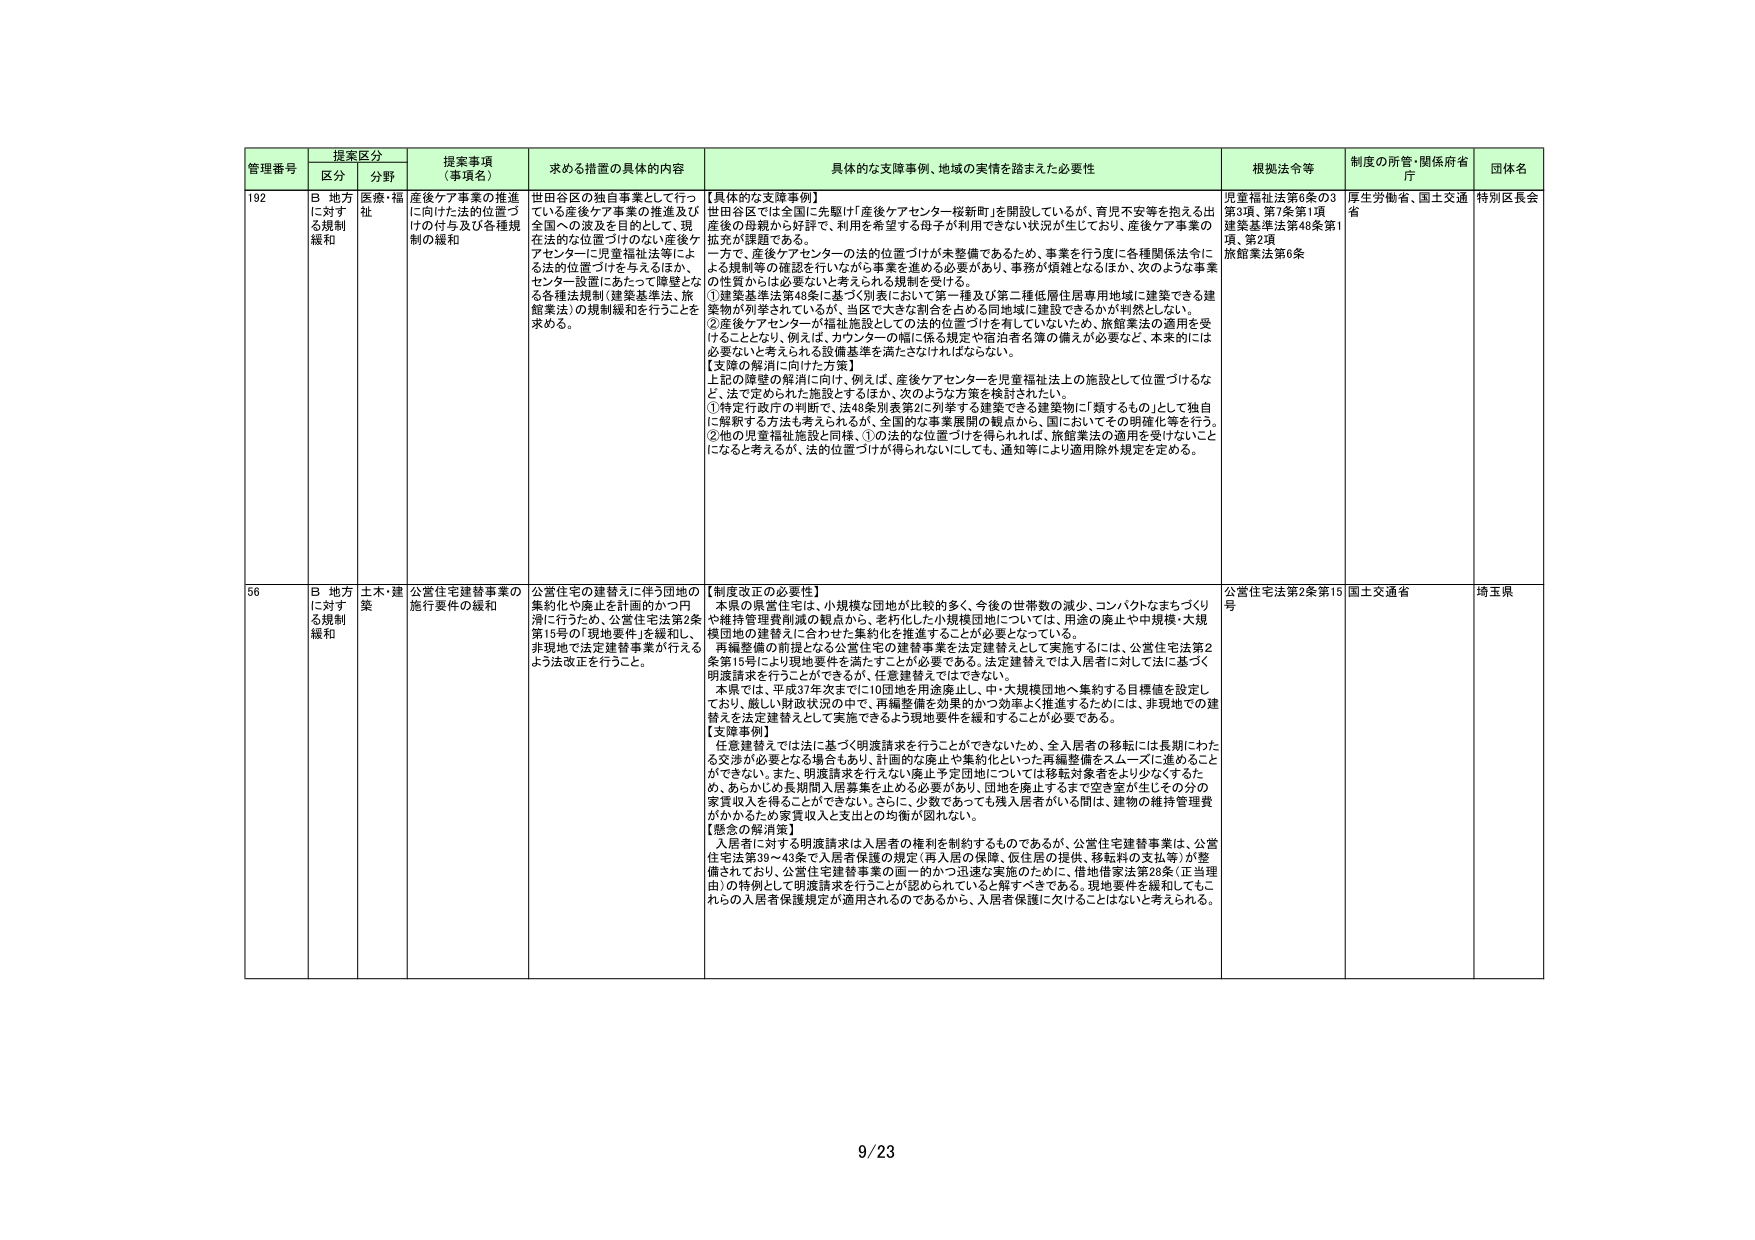
管理番号 提案区分 提案事項（事項名） 求める措置の具体的内容 具体的な支援事例、地域の実情を踏まえた必要性 根拠法令等 制度の所管・関係府省庁 団体名
区分 分野
192 B 地方に対する規制緩和 医療・福祉 産後ケア事業の推進に向けた法的位置づけの付与及び各種規制の緩和 世田谷区の独占事業として行っている産後ケア事業の推進及び全国への波及を目的として、現在法的な位置づけのない産後ケアセンターに児童福祉法等による法的位置づけを与えるほか、センター設置にあたって障壁となる各種法規制（建築基準法、旅館業法）の規制緩和を行うことを求める。 【具体的な支援事例】 世田谷区では全国に先駆け「産後ケアセンター桜新町」を開設しているが、育児不安等を抱える出産後の母親から好評で、利用を希望する母子が利用できない状況が生じており、産後ケア事業の拡充が課題である。 一方で、産後ケアセンターの法的位置づけが未整備であるため、事業を行う度に各種関係法令による規制等の確認を行いたがる事業を進める必要があり、事務が煩雑となるほか、次のような事業の性質からは必要ないと考えられる規制を受ける。 ①建築基準法第48条に基づく別表において第一種及び第二種低層住居専用地域に建築できる建築物が別表されているが、当区で大きな割合を占める同地域に建設できるかが判然としない。 ②産後ケアセンターが福祉施設としての法的位置づけを有していないため、旅館業法の適用を受けることとなり、例えば、カウンターの幅に係る規定や宿泊者名簿の備えが必要など、本来的には必要ないと考えられる設備基準を満たさなければならない。 【支障の解消に向けた方策】 上記の解消の解決に向け、例えば、産後ケアセンターを児童福祉法上の施設として位置づけるなど、法で定められた施設とするほか、次のような方策を検討されたい。 ①特定行政庁の判断で、法48条別表第2に列挙する建築できる建築物に「類するもの」として独自に解釈する方法も考えられるが、全国的な事業展開の観点から、国においてその明確化等を行う。 ②他の児童福祉施設と同様、①の法的な位置づけを得られれば、旅館業法の適用を受けないことになると考えるが、法的位置づけが得られないにしても、通知等により適用除外規定を定める。 児童福祉法第6条の3第3項、第7条第1項 建築基準法第48条第1項、第2項 旅館業法第6条 厚生労働省、国土交通省 特別区長会
56 B 地方に対する規制緩和 土木・建築 公営住宅建替事業の施行要件の緩和 公営住宅の建替えに伴う団地の集約化や廃止を計画のかつ円滑に行うため、公営住宅法第2条第15号の「現地要件」を緩和し、非現地で法定建替事業が行えるよう法改正を行うこと。 【制度改正の必要性】 本県の県営住宅は、小規模な団地が比較的多く、今後の世帯数の減少、コンパクトなまちづくりや維持管理費削減の観点から、老朽化した小規模団地については、用途の廃止や中規模・大規模団地の建替えに合わせた集約化を推進することが必要となっている。 再編整備の前提となる公営住宅の建替事業を法定建替えとして実施するには、公営住宅法第2条第15号により現地要件を満たすことが必要である。法定建替えでは入居者に対して法に基づく明渡請求を行うことができるが、任意建替えではできない。 本県では、平成37年次までに10団地を用途廃止し、中・大規模団地へ集約する目標値を設定しており、厳しい財政状況の中で、再編整備を効果的かつ効率よく推進するためには、非現地での建替えを法定建替えとして実施できるよう現地要件を緩和することが必要である。 【支障事例】 任意建替えでは法に基づく明渡請求を行うことができないため、全入居者の移転には長期にわたる交渉が必要となる場合もあり、計画的な廃止や集約化といった再編整備をスムーズに進めることができない。また、明渡請求を行えない廃止予定団地については移転対象者がより少なくなるため、あらかじめ長期間入居募集を止める必要があり、団地を廃止するまで空き室が生じその分の家賃収入を得ることができない。さらに、少数であっても残入居者がいる間は、建物の維持管理費がかかるため家賃収入と支出との均衡が図れない。 【懸念の解消策】 入居者に対する明渡請求は入居者の権利を制約するものであるが、公営住宅建替事業は、公営住宅法第39～43条で入居者保護の規定（再入居の保障、仮住居の提供、移転料の支払等）が整備されており、公営住宅建替事業の画一的かつ迅速な実施のために、借地借家法第28条（正当理由）の特例として明渡請求を行うことが認められると解すべきである。現地要件を緩和してもこれらの入居者保護規定が適用されるのであるから、入居者保護に欠けることはないと考えられる。 公営住宅法第2条第15号 国土交通省 埼玉県
9/23